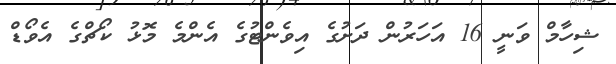
ޝިހާމް ވަނީ 16 އަހަރުން ދަށުގެ އިވެންޓުގެ އެންމެ މޮޅު ކޯޗްގެ އެވޯޑް